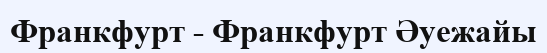
Франкфурт - Франкфурт Әуежайы